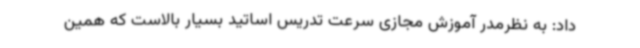
داد: به نظرمدر آموزش مجازی سرعت تدریس اساتید بسیار بالاست که همین